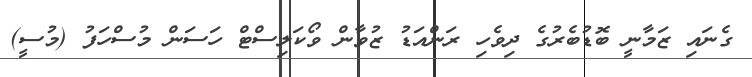
ގެނައި ޒަމާނީ ބޮޑުބެރުގެ ދިވެހި ރަންއަޑު ޒުވާން ވޯކަލިސްޓް ހަސަން މުސްހަފު (މުސީ)